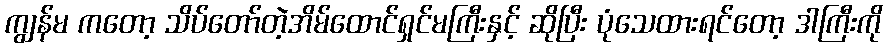
ကျွန်မ ကတော့ သိပ်တော်တဲ့အိမ်ထောင်ရှင်မကြီးနှင့် ဆိုပြီး ပုံသေထားရင်တော့ ဒါကြီးကို